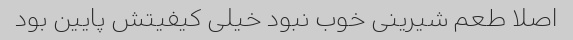
اصلا طعم شیرینی خوب نبود خیلی کیفیتش پایین بود